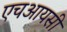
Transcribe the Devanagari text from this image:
एचआयसी